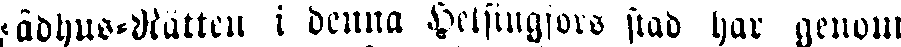
Rådhus-Rätten i denna Helsingfors stad har genom